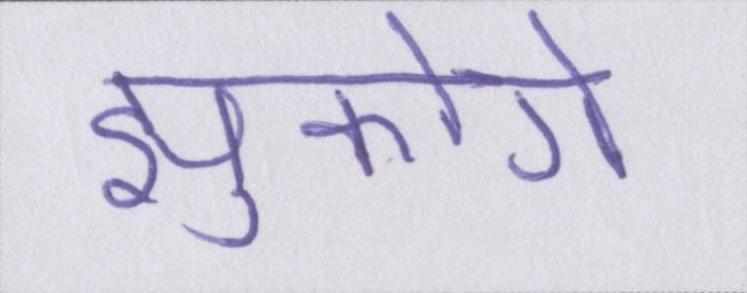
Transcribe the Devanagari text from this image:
झुकोगे